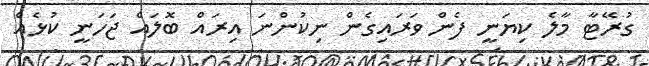
ގުރޭޓާ މާލެ ކިޔަނީ ފެން ވަރައިގެން ނިކުންނަ އިރައް ބޮލައް ޖަހަނީ ކުޅެއް